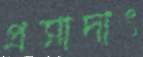
প্রসাদাৎ